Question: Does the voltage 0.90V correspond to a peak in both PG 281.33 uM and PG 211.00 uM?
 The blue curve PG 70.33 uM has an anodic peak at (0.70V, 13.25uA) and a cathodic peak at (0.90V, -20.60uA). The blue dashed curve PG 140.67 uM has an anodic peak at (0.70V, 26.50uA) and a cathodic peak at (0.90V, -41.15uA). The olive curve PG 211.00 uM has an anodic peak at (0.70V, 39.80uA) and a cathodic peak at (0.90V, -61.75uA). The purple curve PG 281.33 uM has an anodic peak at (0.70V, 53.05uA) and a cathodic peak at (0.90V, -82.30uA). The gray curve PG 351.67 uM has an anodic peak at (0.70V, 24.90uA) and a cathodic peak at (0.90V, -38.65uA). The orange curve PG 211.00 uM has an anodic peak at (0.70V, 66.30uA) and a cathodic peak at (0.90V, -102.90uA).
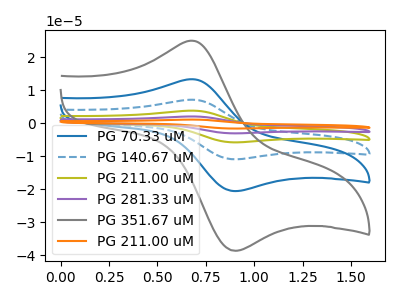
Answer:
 <answer>Yes, "PG 281.33 uM" and "PG 211.00 uM" share a peak at 0.90V.</answer>
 <eval>match</eval>